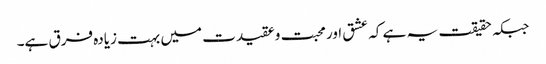
جبکہ حقیقت یہ ہے کہ عشق اور محبت وعقیدت میں بہت زیادہ فرق ہے۔